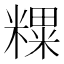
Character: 𥼑